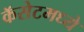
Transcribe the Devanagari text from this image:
कॅसेटमध्ये